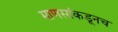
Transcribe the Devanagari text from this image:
माणसांकडूनच